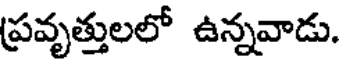
ప్రవృత్తులలో ఉన్నవాడు.